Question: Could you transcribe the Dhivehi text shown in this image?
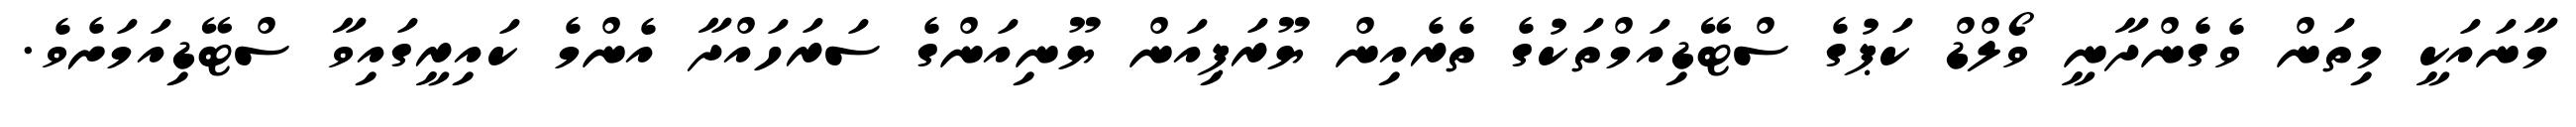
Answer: މާނައަކީ މިތަން ވެގެންދާނީ ވޯލްޑް ކަޕުގެ ސްޓޭޑިއަމްތަކުގެ ތެރެއިން ޔޫރަޕިއަން ޔޫނިއަންގެ ސަރަހައްދާ އެންމެ ކައިރީގައިވާ ސްޓޭޑިއަމަށެވެ.